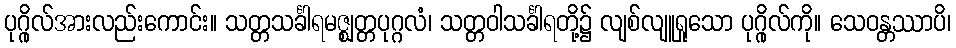
ပုဂ္ဂိုလ်အားလည်းကောင်း။ သတ္တသင်္ခါရမဇ္ဈတ္တပုဂ္ဂလံ၊ သတ္တဝါသင်္ခါရတို့၌ လျစ်လျူရှုသော ပုဂ္ဂိုလ်ကို။ သေဝန္တဿာပိ၊